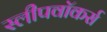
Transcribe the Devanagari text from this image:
स्लीपवॉकर्स